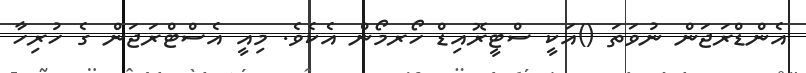
އެންޑްރަޖަން ނުވަތަ ()އަކީ ސްޓީރޮއިޑް ހޯރމޯން އެކެވެ. މިއީ އެސްޓްރަޖަން ގެ ހުރިހާ